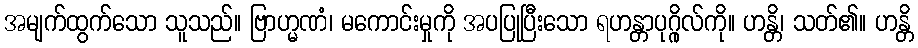
အမျက်ထွက်သော သူသည်။ ဗြာဟ္မဏံ၊ မကောင်းမှုကို အပပြုပြီးသော ရဟန္တာပုဂ္ဂိုလ်ကို။ ဟန္တိ၊ သတ်၏။ ဟန္တိ